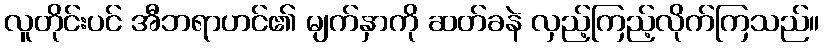
လူတိုင်းပင် အီဘရာဟင်၏ မျက်နှာကို ဆတ်ခနဲ လှည့်ကြည့်လိုက်ကြသည်။